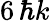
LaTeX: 6\, \hbar k